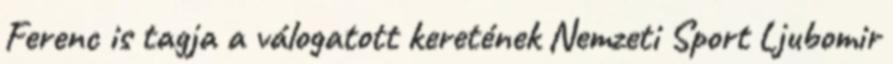
Ferenc is tagja a válogatott keretének Nemzeti Sport Ljubomir